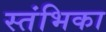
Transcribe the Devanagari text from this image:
स्तंभिका